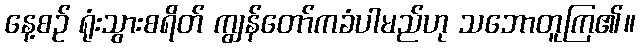
နေ့စဉ် ရုံးသွားစရိတ် ကျွန်တော်ကခံပါမည်ဟု သဘောတူကြ၏။